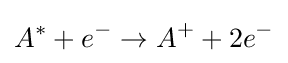
A^{*}+e^{-}\rightarrow A^{+}+2e^{-}